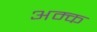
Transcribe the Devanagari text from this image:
अम्क